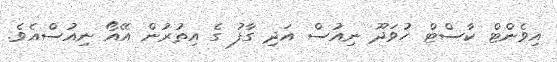
އިވެންޓް ކާސްޓް ހުވަދޫ ނިއުސް އަދި ގާފު ގެ އިތުރުން އޭއޯ ނިއުސްއެވެ.